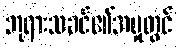
ဘုရားသခင်၏အမှုတွင်